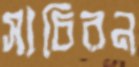
সাচিরন